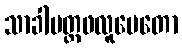
သာခါပတ္တဖလူပေတော